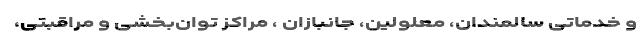
و خدماتی سالمندان، معلولین، جانبازان ، مراکز توان‌بخشی و مراقبتی،